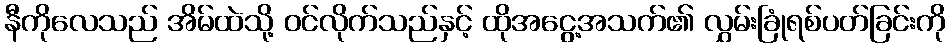
နီကိုလေသည် အိမ်ထဲသို့ ဝင်လိုက်သည်နှင့် ထိုအငွေ့အသက်၏ လွှမ်းခြုံရစ်ပတ်ခြင်းကို